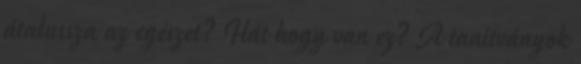
átalussza az egészet? Hát hogy van ez? A tanítványok